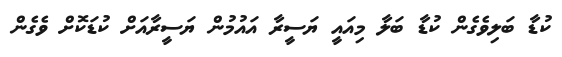
ކުޑާ ބަލިވެގެން ކުޑާ ބަލާ މިއައީ ޔަސީރާ އައުމުން ޔަސީރާއަށް ކުޑަކޮށް ވެގެން